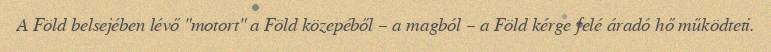
A Föld belsejében lévő "motort" a Föld közepéből – a magból – a Föld kérge felé áradó hő működteti.